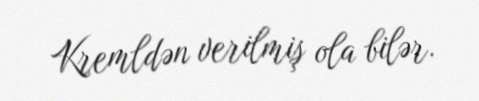
Kremldən verilmiş ola bilər.